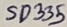
Text: SD335